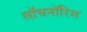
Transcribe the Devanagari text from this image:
लॉचनॉरिस